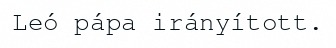
Leó pápa irányított.